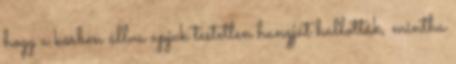
hogy a körben állva apjuk testetlen hangját hallották, mintha